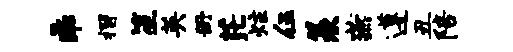
乖摺笙英册茫炷伍羡燕遵丑陪